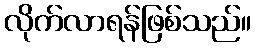
လိုက်လာရန်ဖြစ်သည်။